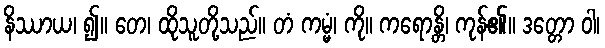
နိဿာယ၊ ၍။ တေ၊ ထိုသူတို့သည်။ တံ ကမ္မံ၊ ကို။ ကရောန္တိ၊ ကုန်၏။ ဒတ္တော ဝါ၊